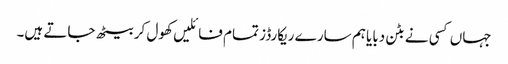
جہاں کسی نے بٹن دبایا ہم سارے ریکارڈز تمام فائلیں کھول کر بیٹھ جاتے ہیں۔